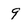
Character: 9